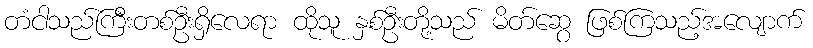
တံငါသည်ကြီးတစ်ဦးရှိလေရာ ထိုသူ နှစ်ဦးတို့သည် မိတ်ဆွေ ဖြစ်ကြသည့်အလျောက်